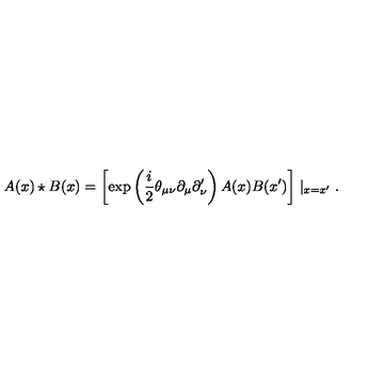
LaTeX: A ( x ) \star B ( x ) = \left[ \exp \left( \frac i 2 \theta _ { \mu \nu } \partial _ { \mu } \partial _ { \nu } ^ { \prime } \right) A ( x ) B ( x ^ { \prime } ) \right] \mid _ { x = x ^ { \prime } } .